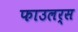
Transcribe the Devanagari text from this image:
फाउलर्स